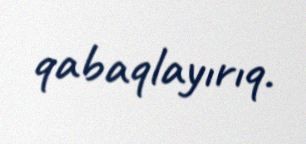
qabaqlayırıq.